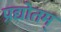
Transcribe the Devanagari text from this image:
प्रद्योतम्